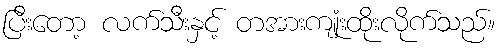
ပြီးတော့ လက်သီးနှင့် တအားကျုံးထိုးလိုက်သည်။